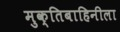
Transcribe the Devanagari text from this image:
मुक्तिबाहिनीला